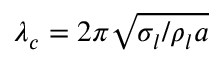
\lambda _ { c } = { 2 \pi \sqrt { \sigma _ { l } / \rho _ { l } a } }